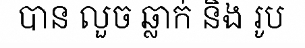
បាន លួច ឆ្លាក់ និង រូប